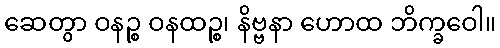
ဆေတွာ ဝနဉ္စ ဝနထဉ္စ၊ နိဗ္ဗနာ ဟောထ ဘိက္ခဝေါ။